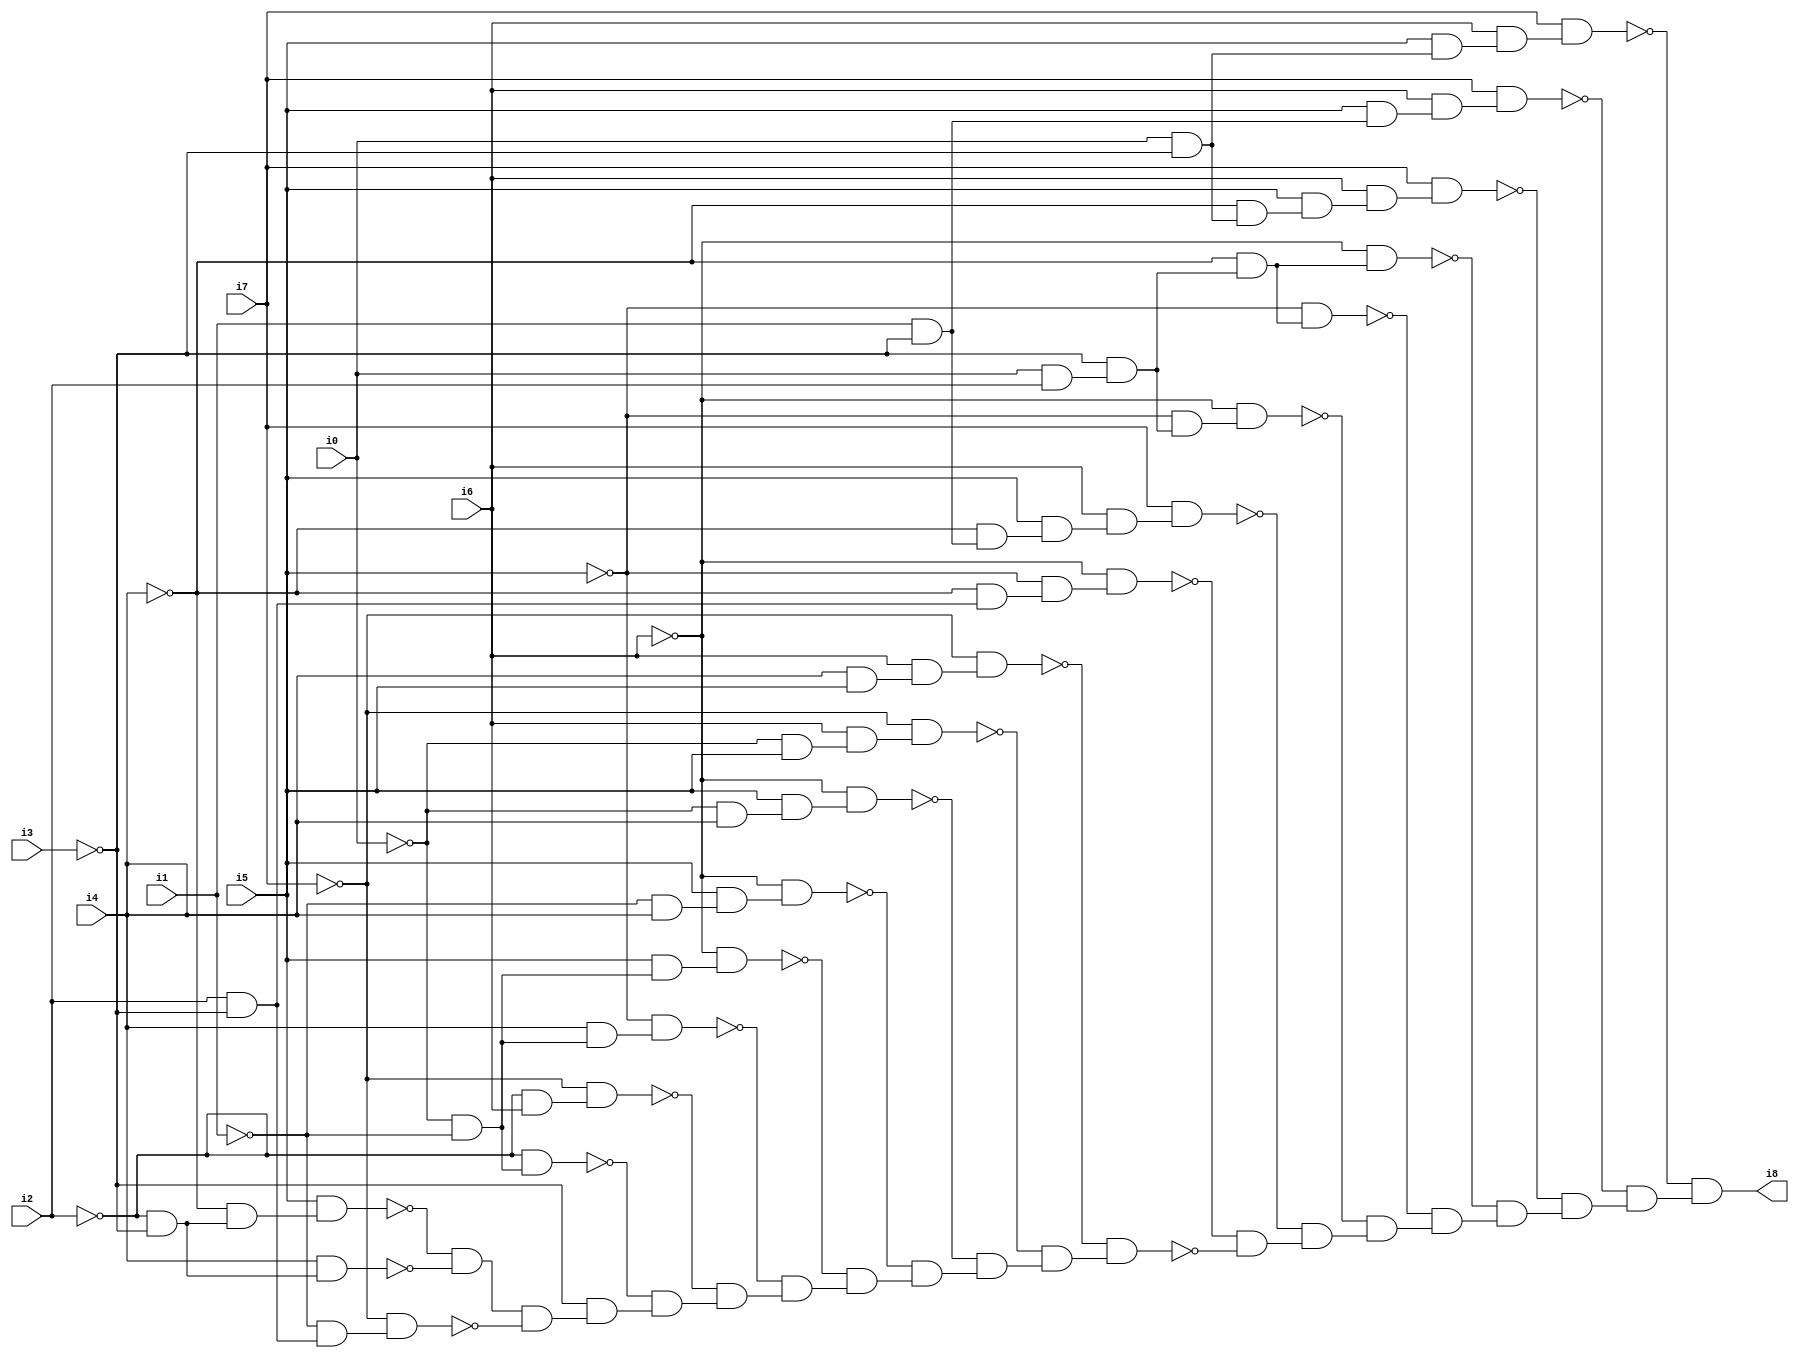
// Benchmark "SKOLEMFORMULA" written by ABC on Mon May  4 15:53:59 2020

module SKOLEMFORMULA ( 
    i0, i1, i2, i3, i4, i5, i6, i7,
    i8  );
  input  i0, i1, i2, i3, i4, i5, i6, i7;
  output i8;
  wire n10, n11, n12, n13, n14, n15, n16, n17, n18, n19, n20, n21, n22, n23,
    n24, n25, n26, n27, n28, n29, n30, n31, n32, n33, n34, n35, n36, n37,
    n38, n39, n40, n41, n42, n43, n44, n45, n46, n47, n48, n49, n50, n51,
    n52, n53, n54, n55, n56, n57, n58, n59, n60, n61, n62, n63, n64, n65,
    n66, n67, n68, n69, n70, n71, n72, n73, n74, n75, n76, n77, n78, n79,
    n80;
  assign n10 = ~i0 & ~i1;
  assign n11 = ~i2 & n10;
  assign n12 = ~i2 & i6;
  assign n13 = ~i7 & n12;
  assign n14 = i4 & n10;
  assign n15 = ~i5 & n14;
  assign n16 = i5 & n10;
  assign n17 = ~i6 & n16;
  assign n18 = ~i1 & i4;
  assign n19 = i5 & n18;
  assign n20 = ~i6 & n19;
  assign n21 = ~i0 & i4;
  assign n22 = i5 & n21;
  assign n23 = ~i6 & n22;
  assign n24 = ~i0 & i5;
  assign n25 = i6 & n24;
  assign n26 = ~i7 & n25;
  assign n27 = i4 & i5;
  assign n28 = i6 & n27;
  assign n29 = ~i7 & n28;
  assign n30 = i2 & ~i3;
  assign n31 = ~i4 & n30;
  assign n32 = ~i5 & n31;
  assign n33 = ~i6 & n32;
  assign n34 = i1 & ~i3;
  assign n35 = ~i4 & n34;
  assign n36 = i5 & n35;
  assign n37 = i6 & n36;
  assign n38 = i7 & n37;
  assign n39 = i0 & i2;
  assign n40 = ~i3 & n39;
  assign n41 = ~i5 & n40;
  assign n42 = ~i6 & n41;
  assign n43 = ~i4 & n40;
  assign n44 = ~i5 & n43;
  assign n45 = ~i6 & n43;
  assign n46 = i0 & ~i3;
  assign n47 = ~i4 & n46;
  assign n48 = i5 & n47;
  assign n49 = i6 & n48;
  assign n50 = i7 & n49;
  assign n51 = i5 & n34;
  assign n52 = i6 & n51;
  assign n53 = i7 & n52;
  assign n54 = i5 & n46;
  assign n55 = i6 & n54;
  assign n56 = i7 & n55;
  assign n57 = ~i2 & ~i3;
  assign n58 = ~i4 & n57;
  assign n59 = i5 & n58;
  assign n60 = i4 & n57;
  assign n61 = ~n59 & ~n60;
  assign n62 = ~i1 & n30;
  assign n63 = ~i7 & n62;
  assign n64 = n61 & ~n63;
  assign n65 = ~i3 & n64;
  assign n66 = ~n11 & n65;
  assign n67 = ~n13 & n66;
  assign n68 = ~n15 & n67;
  assign n69 = ~n17 & n68;
  assign n70 = ~n20 & n69;
  assign n71 = ~n23 & n70;
  assign n72 = ~n26 & n71;
  assign n73 = ~n29 & n72;
  assign n74 = ~n33 & ~n73;
  assign n75 = ~n38 & n74;
  assign n76 = ~n42 & n75;
  assign n77 = ~n44 & n76;
  assign n78 = ~n45 & n77;
  assign n79 = ~n50 & n78;
  assign n80 = ~n53 & n79;
  assign i8 = ~n56 & n80;
endmodule